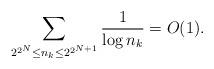
LaTeX: \begin{align*} \sum_{2^{2^N}\leq n_k\leq 2^{2^{N+1}}}\frac{1}{\log n_k}=O(1).\end{align*}